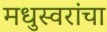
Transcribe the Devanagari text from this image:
मधुस्वरांचा